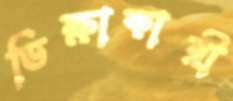
ভিক্ষাকারী